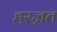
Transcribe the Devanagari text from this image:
हरज़त